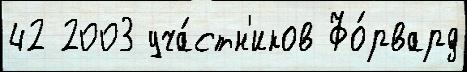
42 2003 уча́стн'иков Фо́рвард